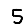
Digit: 5